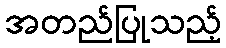
အတည်ပြုသည့်